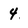
Character: 4